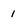
Character: 1